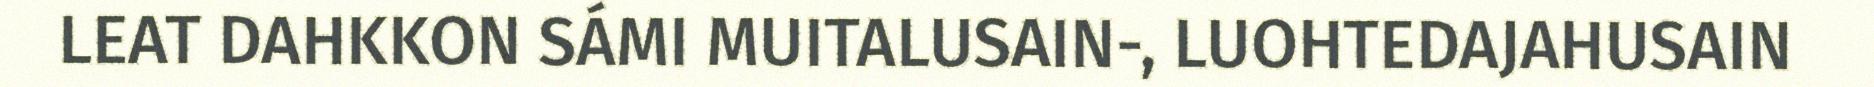
LEAT DAHKKON SÁMI MUITALUSAIN-, LUOHTEDAJAHUSAIN